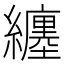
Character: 纏